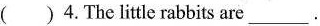
( )4.The little rabbits are ___